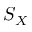
S _ { X }